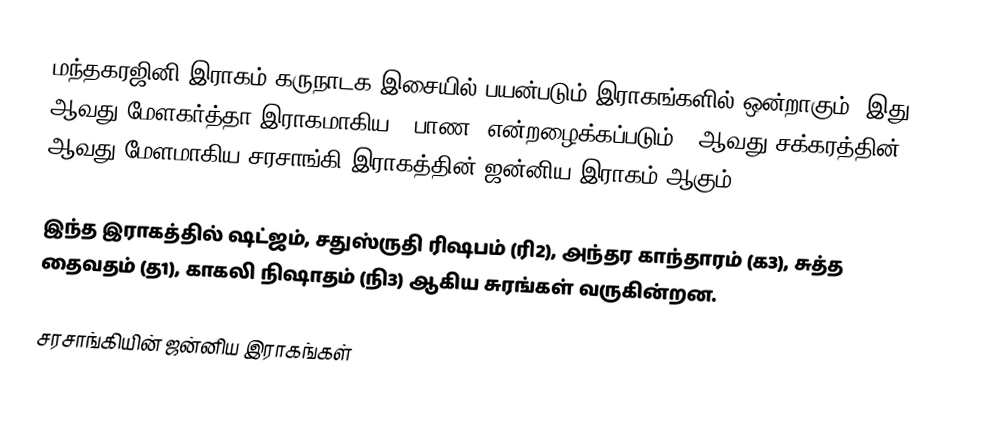
மந்தகரஜினி இராகம் கருநாடக இசையில் பயன்படும் இராகங்களில் ஒன்றாகும். இது 27 ஆவது மேளகர்த்தா இராகமாகிய, "பாண" என்றழைக்கப்படும் 5 ஆவது சக்கரத்தின் 3 ஆவது மேளமாகிய சரசாங்கி இராகத்தின் ஜன்னிய இராகம் ஆகும்.

இந்த இராகத்தில் ஷட்ஜம், சதுஸ்ருதி ரிஷபம் (ரி2),  அந்தர காந்தாரம் (க3), சுத்த தைவதம் (த1), காகலி நிஷாதம்  (நி3) ஆகிய சுரங்கள் வருகின்றன.

சரசாங்கியின் ஜன்னிய இராகங்கள்